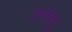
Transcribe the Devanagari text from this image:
अवेनयू